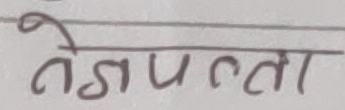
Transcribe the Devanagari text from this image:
तेजपत्ता